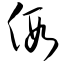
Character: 假